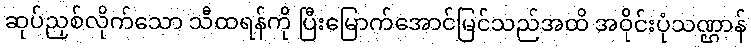
ဆုပ်ညှစ်လိုက်သော သီထရန်ကို ပြီးမြောက်အောင်မြင်သည်အထိ အဝိုင်းပုံသဏ္ဌာန်